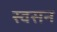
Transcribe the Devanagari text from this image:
स्वसन